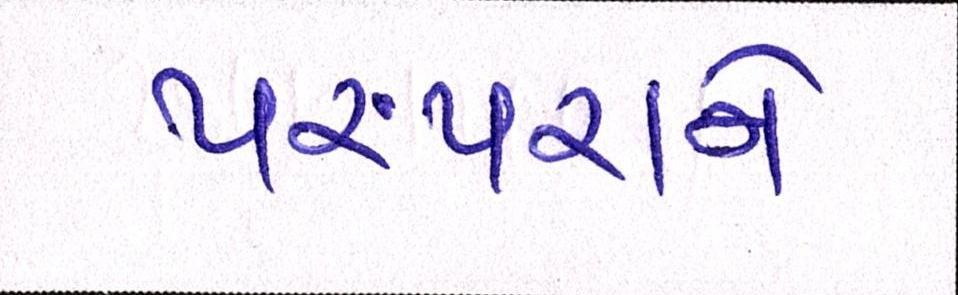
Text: પરંપરાને